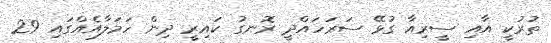
ތުރުކީ އާއި ސީރިއާ ގުޅޭ ސަރަހައްދީ ރޮނގު ކައިރީ ދިން ހަމަލާއެއްގައި 29